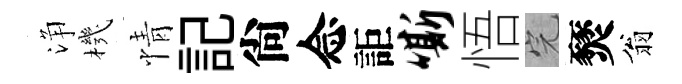
浄機情記尙念詎嘶悟完燹翁